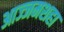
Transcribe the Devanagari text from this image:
आज्जमशहा